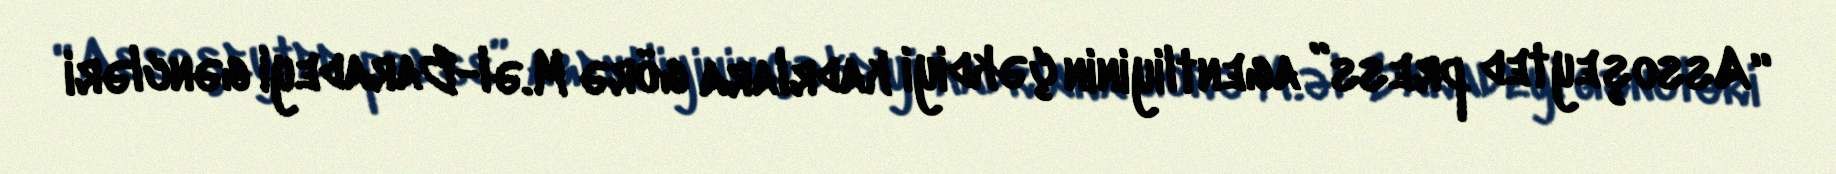
“Assoşeyted press” agentliyinin çəkdiyi kadrlara görə M.əl-Baradeyi gəncləri